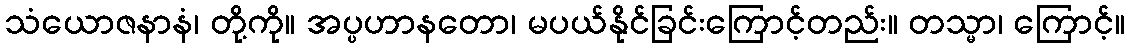
သံယောဇနာနံ၊ တို့ကို။ အပ္ပဟာနတော၊ မပယ်နိုင်ခြင်းကြောင့်တည်း။ တသ္မာ၊ ကြောင့်။